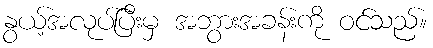
နွယ့်အလုပ်ပြီးမှ အဘွားအခန်းကို ဝင်သည်။